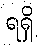
ရရှိ